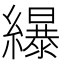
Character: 𦆿